Report on vaccination in Madras 1877-1894 - 1877-1894
Year: 1877
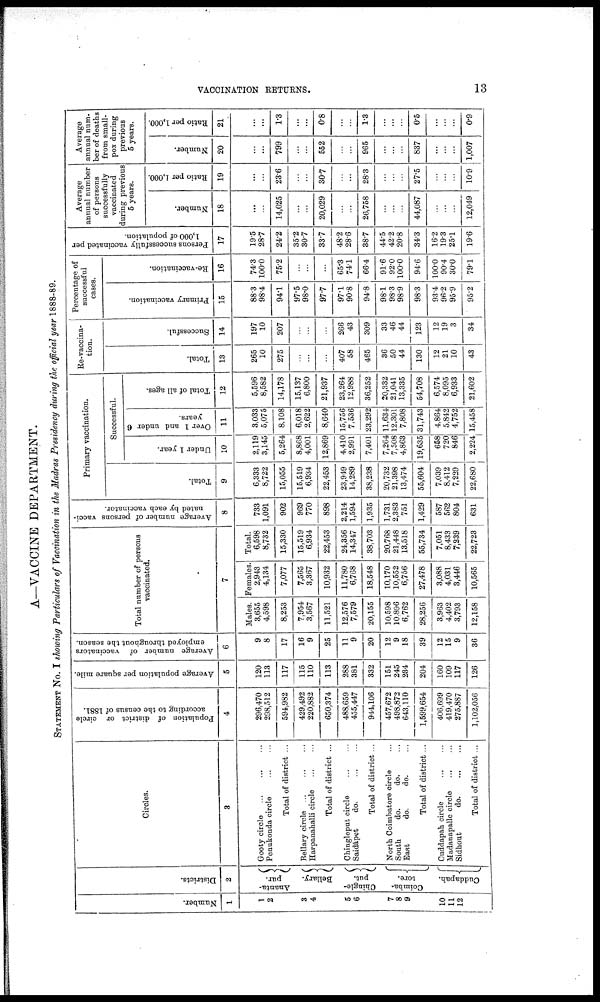
VACCINATION RETURNS.
13
A—VACCINE DEPARTMENT.
STATEMENT No. I showing Particulars of Vaccination in the Madras Presidency during the official year 1888-89.
Number.
1
1
2
3
4
5
6
7
8
9
10
11
12
Districts.
2
Ananta¬
pur.
Bellary.
Chingle¬
put.
Coimba¬
tore.
Cuddapah.
Circles.
3
Gooty circle
...
...
...
Penukonda circle
...
...
Total of district ...
Bellary circle
...
...
...
Harpanahalli circle
...
...
Total of district ...
Chingleput circle
...
...
Saidápet
do.
...
...
Total of district...
North Coimbatore circle ...
South
do.
do. ...
East
do.
do. ...
Total of district ...
Cuddapah circle
...
...
Madanapalle circle
...
...
Sidhout
do. ... ...
Total of district ...
Population of district or circle
according to the census of 1881.
4
296,470
298,512
594,982
429,492
220,882
650,374
488,659
455,447
944,106
457,672
498,872
643,110
1,599,654
406,699
419,470
275,887
1,102,056
Average population per square mile.
5
120
113
117
115
110
113
288
381
332
151
245
234
204
160
109
117
126
Average number of vaccinators
employed throughout the season.
6
9
8
17
16
9
25
11
9
20
12
9
18
39
12
15
9
36
Total number of persons
vaccinated.
7
Males.
3,655
4,598
8,253
7,954
3,567
11,521
12,576
7,579
20,155
10,598
10,896
6,762
28,256
3,963
4,402
3,793
12,158
Females.
2,943
4,134
7,077
7,565
3,367
10,932
11,780
6,768
18,548
10,170
10,552
6,756
27,478
3,088
4,031
3,446
10,565
Total.
6,598
8,732
15,330
15,519
6,934
22,453
24,356
14,347
38,703
20,768
21,448
13,518
55,734
7,051
8,433
7,239
22,723
Average number of persons vacci-
nated by each vaccinator.
8
733
1,091
902
969
770
898
2,214
1,594
1,935
1,731
2,383
751
1,429
587
562
804
631
Primary vaccination.
Total.
9
6,333
8,722
15,055
15,519
6,934
22,453
23,949
14,289
38,238
20,732
21,398
13,474
55,604
7,039
8,412
7,229
22,680
Successful.
Under 1 year.
10
2,119
3,145
5,264
8,868
4,001
12,869
4,410
2,991
7,401
7,264
7,508
4,863
19,635
658
720
846
2,224
Over 1 and under 6
years.
11
3,033
5,075
8,108
6,018
2,622
8,640
15,756
7,536
23,292
11,634
12,301
7,808
31,743
4,864
5,842
4,752
15,458
Total of all ages.
12
5,596
8,582
14,178
15,137
6,800
21,937
23,264
12,988
36,252
20,332
21,041
13,335
54,708
6,574
8,095
6,933
21,602
Re-vaccina-
tion.
Total.
13
265
10
275
...
...
...
407
58
465
36
50
44
130
12
21
10
43
Successful.
14
197
10
207
...
...
...
266
43
309
33
46
44
123
12
19
3
34
Percentage of
successful
cases.
Primary vaccination.
15
88.3
98.4
94.1
97.5
98.0
97.7
97.1
90.8
94.8
98.1
98.3
98.9
98.3
93.4
96.2
95.9
95.2
Re-vaccination.
16
74.3
100.0
75.2
...
...
...
65.3
74.1
66.4
91.6
92.0
100.0
94.6
100.0
90.4
30.0
79.1
Persons successfully vaccinated per
1,000 of population.
17
19.5
28.7
24.2
35.2
30.7
33.7
48.2
28.6
38.7
44.5
42.2
20.8
34.3
16.2
19.3
25.1
19.6
Average
annual number
of persons
successfully
vaccinated
during previous
5 years.
Number.
18
...
...
14,025
...
...
20,029
...
...
26,758
...
...
...
44,087
...
...
...
12,049
Ratio per 1,000.
19
...
...
23.6
...
...
30.7
...
...
28.3
...
...
...
27.5
...
... ...
10.9
Average
annual num¬
ber of deaths
from small-
pox during
previous
5 years.
Number.
20
...
...
799
...
...
552
...
...
965
...
...
...
837
...
...
...
1,007
Ratio per 1,000.
21
...
...
1.3
...
...
0.8
...
...
1.3
...
...
...
0.5
...
...
...
0.9